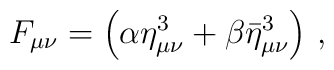
F_{\mu \nu} = \left( \alpha \eta^3_{\mu \nu} + \beta \bar \eta^3_{\mu \nu}\right) \, ,